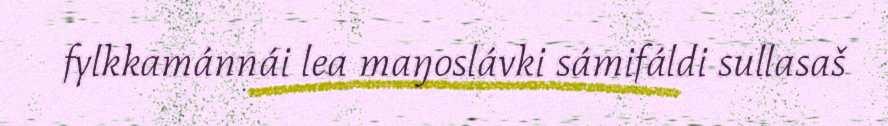
fylkkamánnái lea maŋoslávki sámifáldi sullasaš